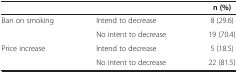
<table><thead><tr><td colspan="2"><b> </b></td><td><b>n (%)</b></td></tr></thead><tbody><tr><td rowspan="2">Ban on smoking</td><td>Intend to decrease</td><td>8 (29.6)</td></tr><tr><td>No intent to decrease</td><td>19 (70.4)</td></tr><tr><td>Price increase</td><td>Intend to decrease</td><td>5 (18.5)</td></tr><tr><td> </td><td>No intent to decrease</td><td>22 (81.5)</td></tr></tbody></table>